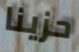
حزينا